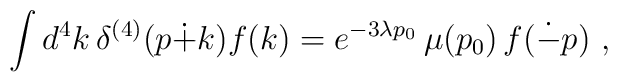
\int d^4k \, \delta^{(4)}(p\dot{+}k)f(k)=e^{-3\lambda p_0}\, \mu(p_0) \, f(\dot{-}p) ~,